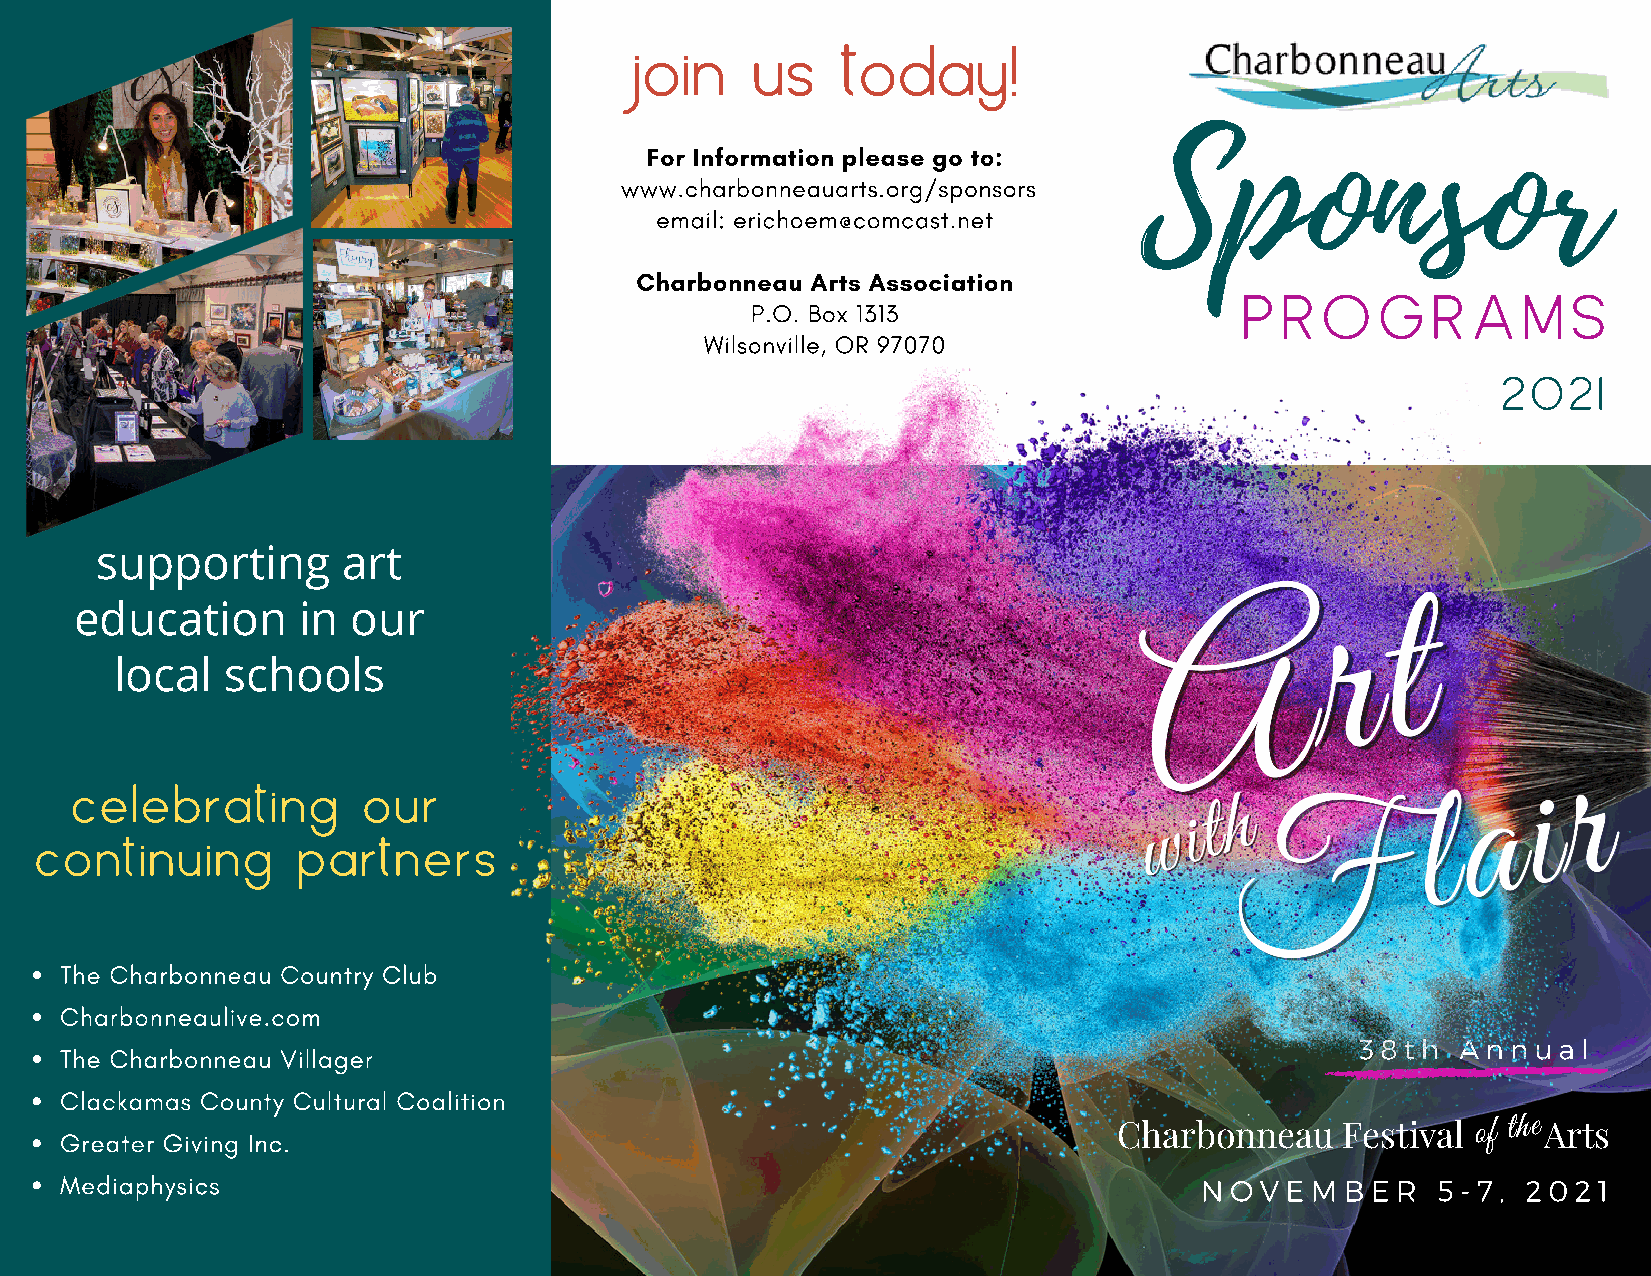
join    us    today!
 Sponsor
 For Information please go to:
 www.charbonneauarts.org/sponsors
 email: erichoem@comcast.net
 Charbonneau Arts Association
 P  R  O  G   R  A  M  S
 P.O. Box 1313
 Wilsonville, OR 97070
 2021
 supporting       art
 education      in our
 local  schools
 celebrating        our
 continuing        partners
 The Charbonneau Country Club
 Charbonneaulive.com
 38th   Annual
 The Charbonneau Villager
 Clackamas County Cultural Coalition
 We  will capture your
 Greater Giving Inc.                                                   Charbonneau    Festival o f t h e Arts
 unforgettably romantic
 Mediaphysics                                                               NOVEMBER        5-7,  2021
 moments  on film.